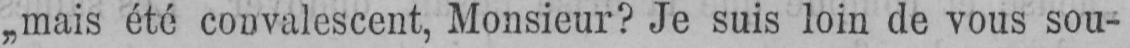
„mais été convalescent, Monsieur? Je suis loin de vous sou-